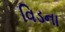
વિડના